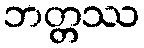
ဘတ္တဿ